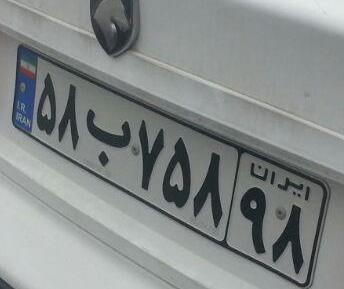
۵۸ب۷۵۸۹۸